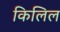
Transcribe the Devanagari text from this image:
किलिल